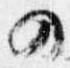
の